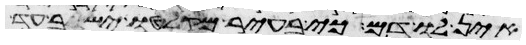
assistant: אין לו דם כי בעיר מקלטו ישב עד